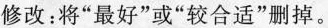
修改：将”最好”或”较合适”删掉。